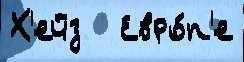
Х'ейз   Евро́п'е